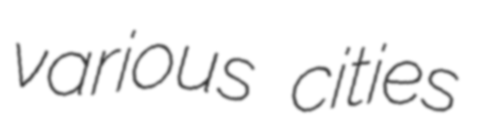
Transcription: various cities